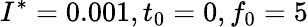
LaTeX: I^{*}=0.001,t_{0}=0,f_{0}=5